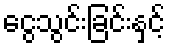
ငွေသွင်းခြင်းနှင့်